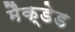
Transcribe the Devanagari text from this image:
मैक्डेड